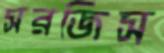
সরজিস